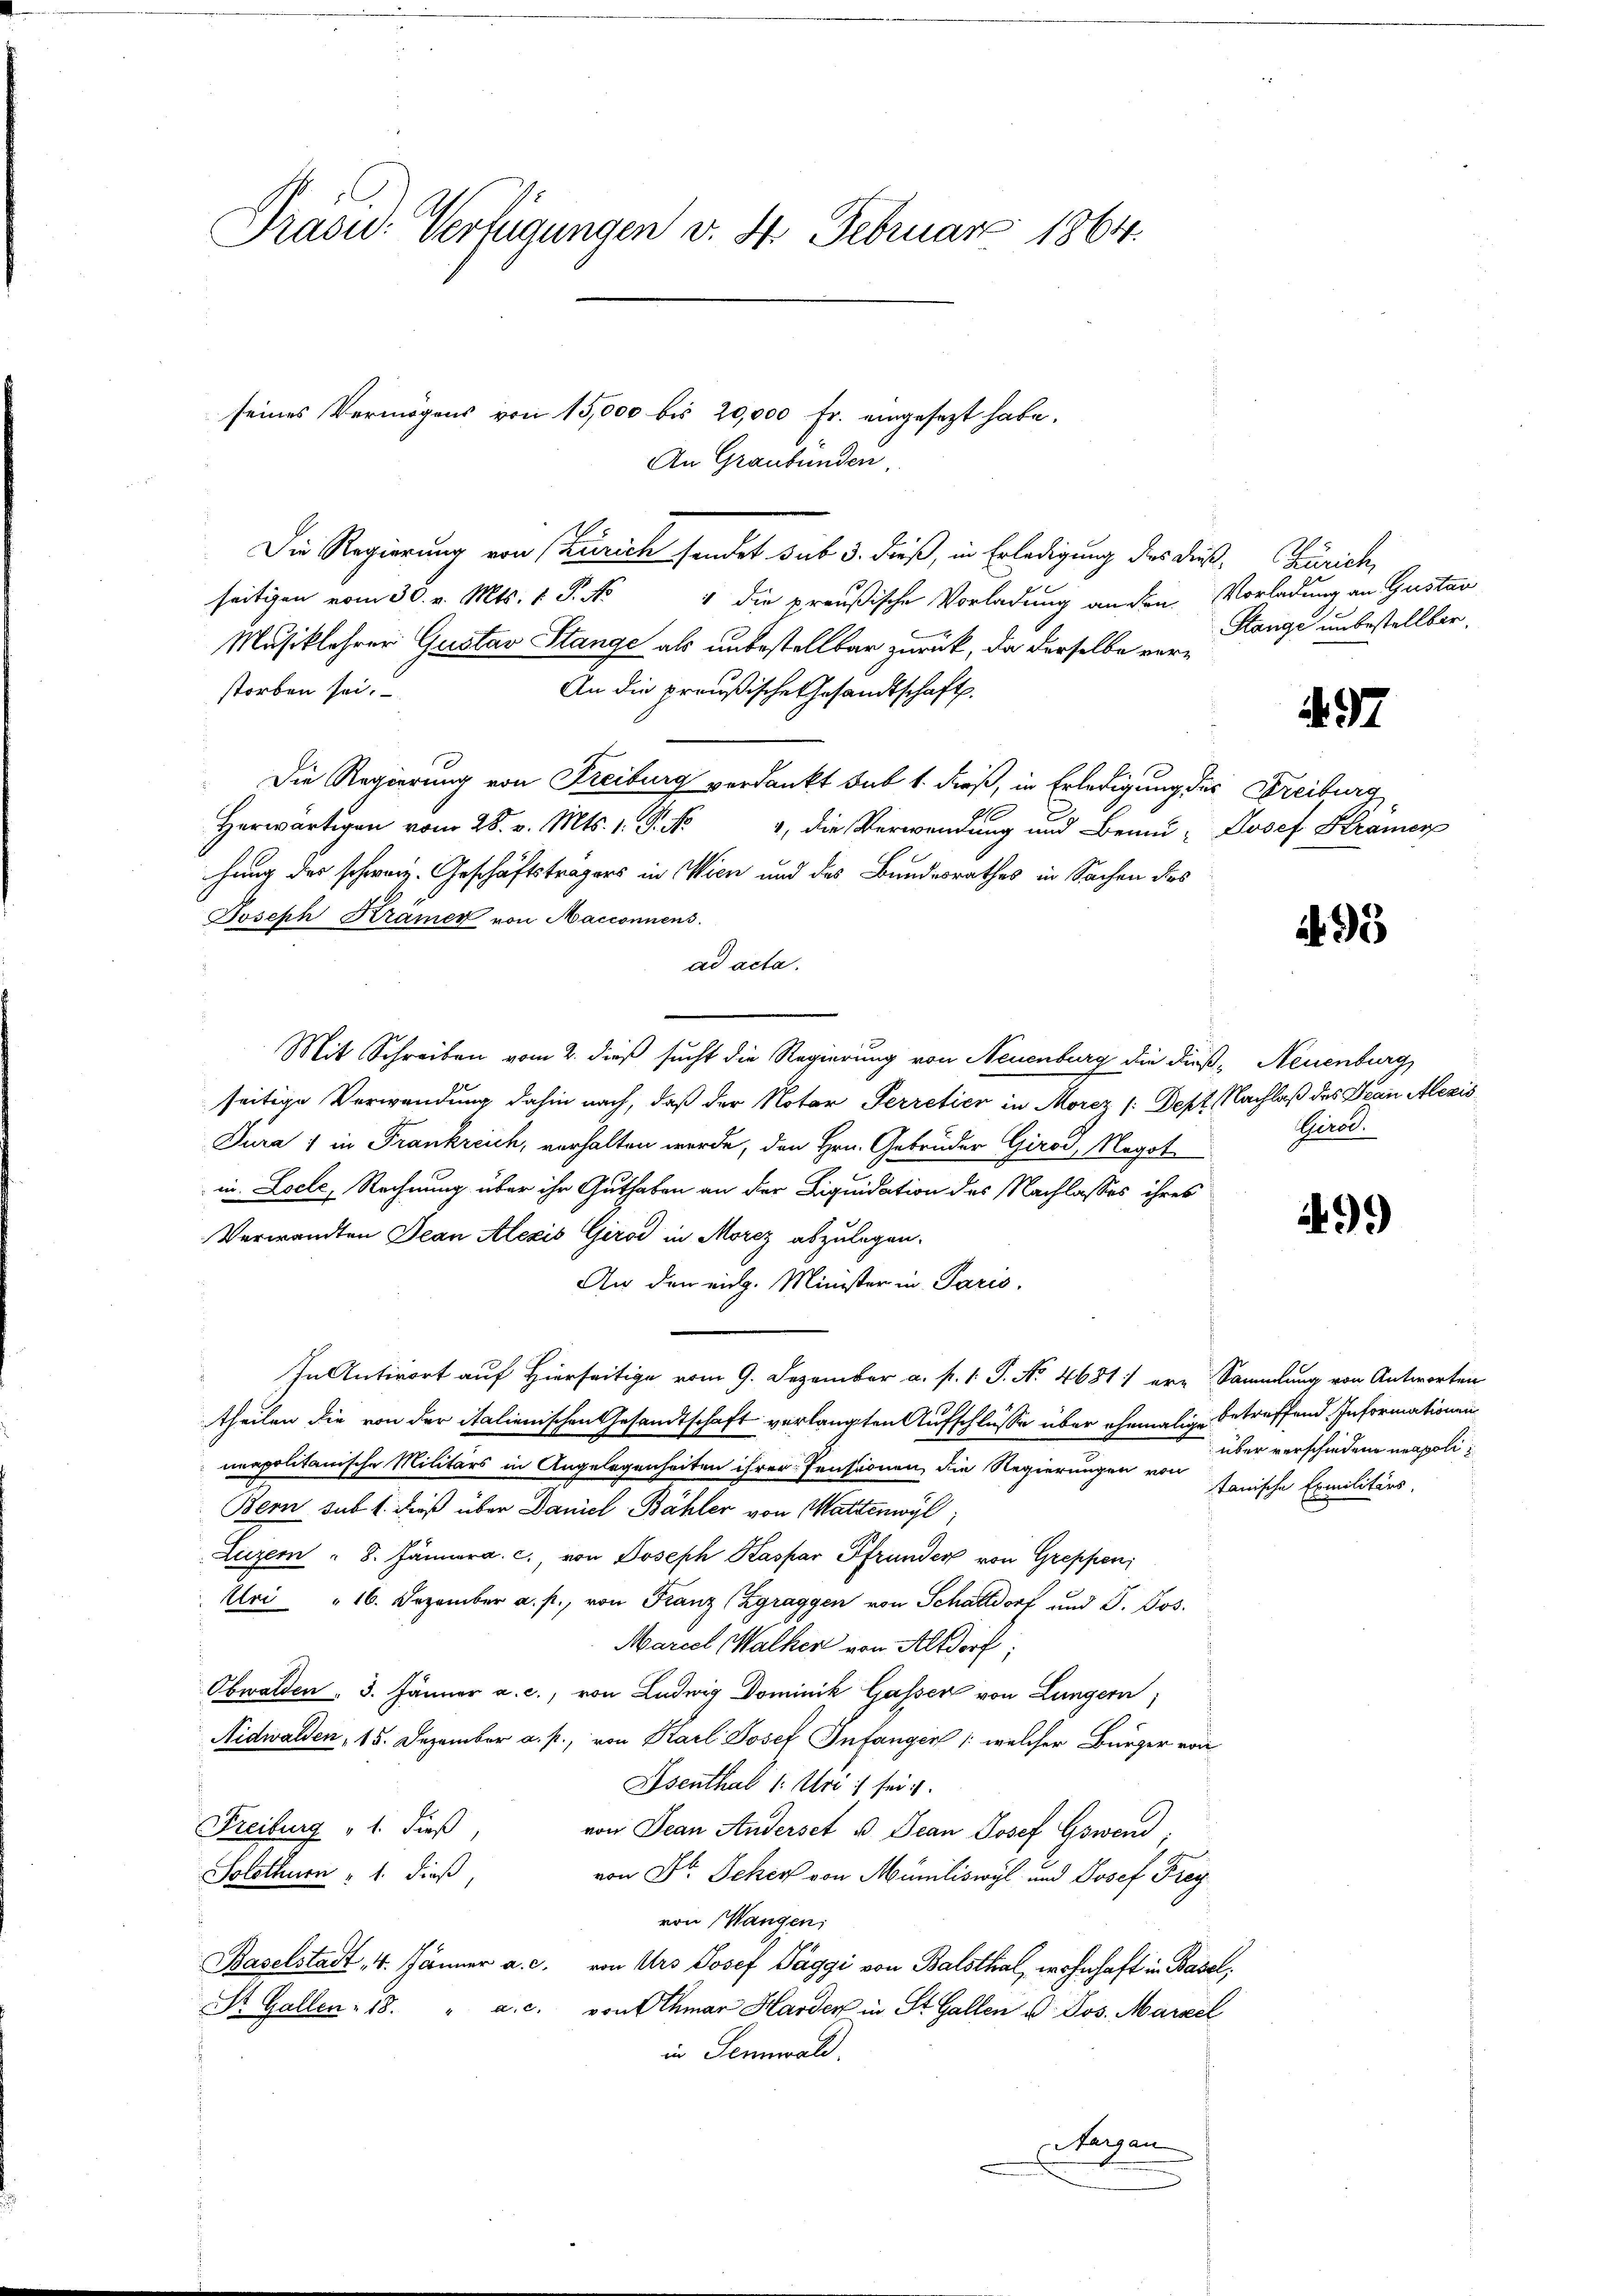
Präsid. Verfügungen v. St. Februar 1864.

Die Regierung von Zürich sendet sub 3. dieß, in Erledigung des dießseitigen vom 30. v. Mts. 1 P. Nr. 4 die preußische Vorladung anden Vorladung an Gustan
Musiklehrer Gustav Stange als unbestellbar zurück, da derselbe verstorben sei.
An die preußische Gesandtschaft.
Die Regierung von Freiburg verdankt sub 1. dieß, in Erledigung der Freiburg
Herr vom 28. v. Mts. S. 4 die Verwendung und Bran- Josef Stramer
hung des schweiz. Geschäftsträgers in Wien und des Bundesrathes in Sachen des
Joseph Kramer von Macconnens.
ad acta.
Mit Schreiben vom 2. dieß sucht die Regierung von Neuenburg die dieß-Neuenburg,
seitige Verwendung dahin nach, daß der Notar Perretier in Morez /:Dept. Nachlaß des Frau Alexis
Jura 1 in Frankreich, verhalten werde, den Hrn. Gebrüder Girod, Negot
in Locle, Rechnung über ihr Guthaben an der Liquidation des Nachlasses ihres
Verwandten Jean Alexis Girod in Morez abzulegen.
An den eidg. Minister in Paris.
In Antwort auf Hierseit vom 9. Dezember a. p. 1 S. No. 46811 er- Sammlung von Antworten
theilen die von der italienischen Gesandtschaft verlangten Aufschlüsse über ehemalige betreffend Informationen
unapolitanische Militärs in Angelegenheiten ihrer Pensionen, die Regierungen und über verschiedene neapoli¬
Bern sub 1. dieß über Daniel Bähler von Mattenwyl
Luzern " 8. Jänner a. c., von Joseph Kaspar Pfrunder von Greppen
Uri " 16. Dezember a. p., von Franz (Zgraggen von Schattdorf und J. Jos.
Marcel Walker von Altdorf
Obwalden. 3. Jänner a. c., von Ludwig Dominik Gassen von Lungern,
Nidwalden, 15. Dezember a. p., von Karl Josef Infangen /: welcher Bürger von
Osenthal 1: Uri sei
Freiburg 1. dieß,
von Jean Anderset u. Jean Josef Gswend
Solothur 1. dieß,
von Dr. Scher von Müniliswyl und Josef Freyvon Wangen;
Baselstadt 4. Jänner a. c. von Urs Josef Paggi von Balsthal, wohnhaft in Basel,
St. Gallen - 18. " a. c. von Othmar Harden in St. Gallen u. Jos. Marzel
in Sennwald.
Aargau

seines Vermögens von 15,000 bis 20,000 Fr. eingesezt habe.

An Graubünden,

Zürich,
Range unbestellter.

97

A. 95

Gerol.

9.)

tanische Exmilitärs.